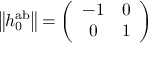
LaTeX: \left\| h _ { 0 } ^ { \mathrm { a b } } \right\| = \left( \begin{array} { c c } { { - 1 } } & { { 0 } } \\ { { 0 } } & { { 1 } } \end{array} \right)